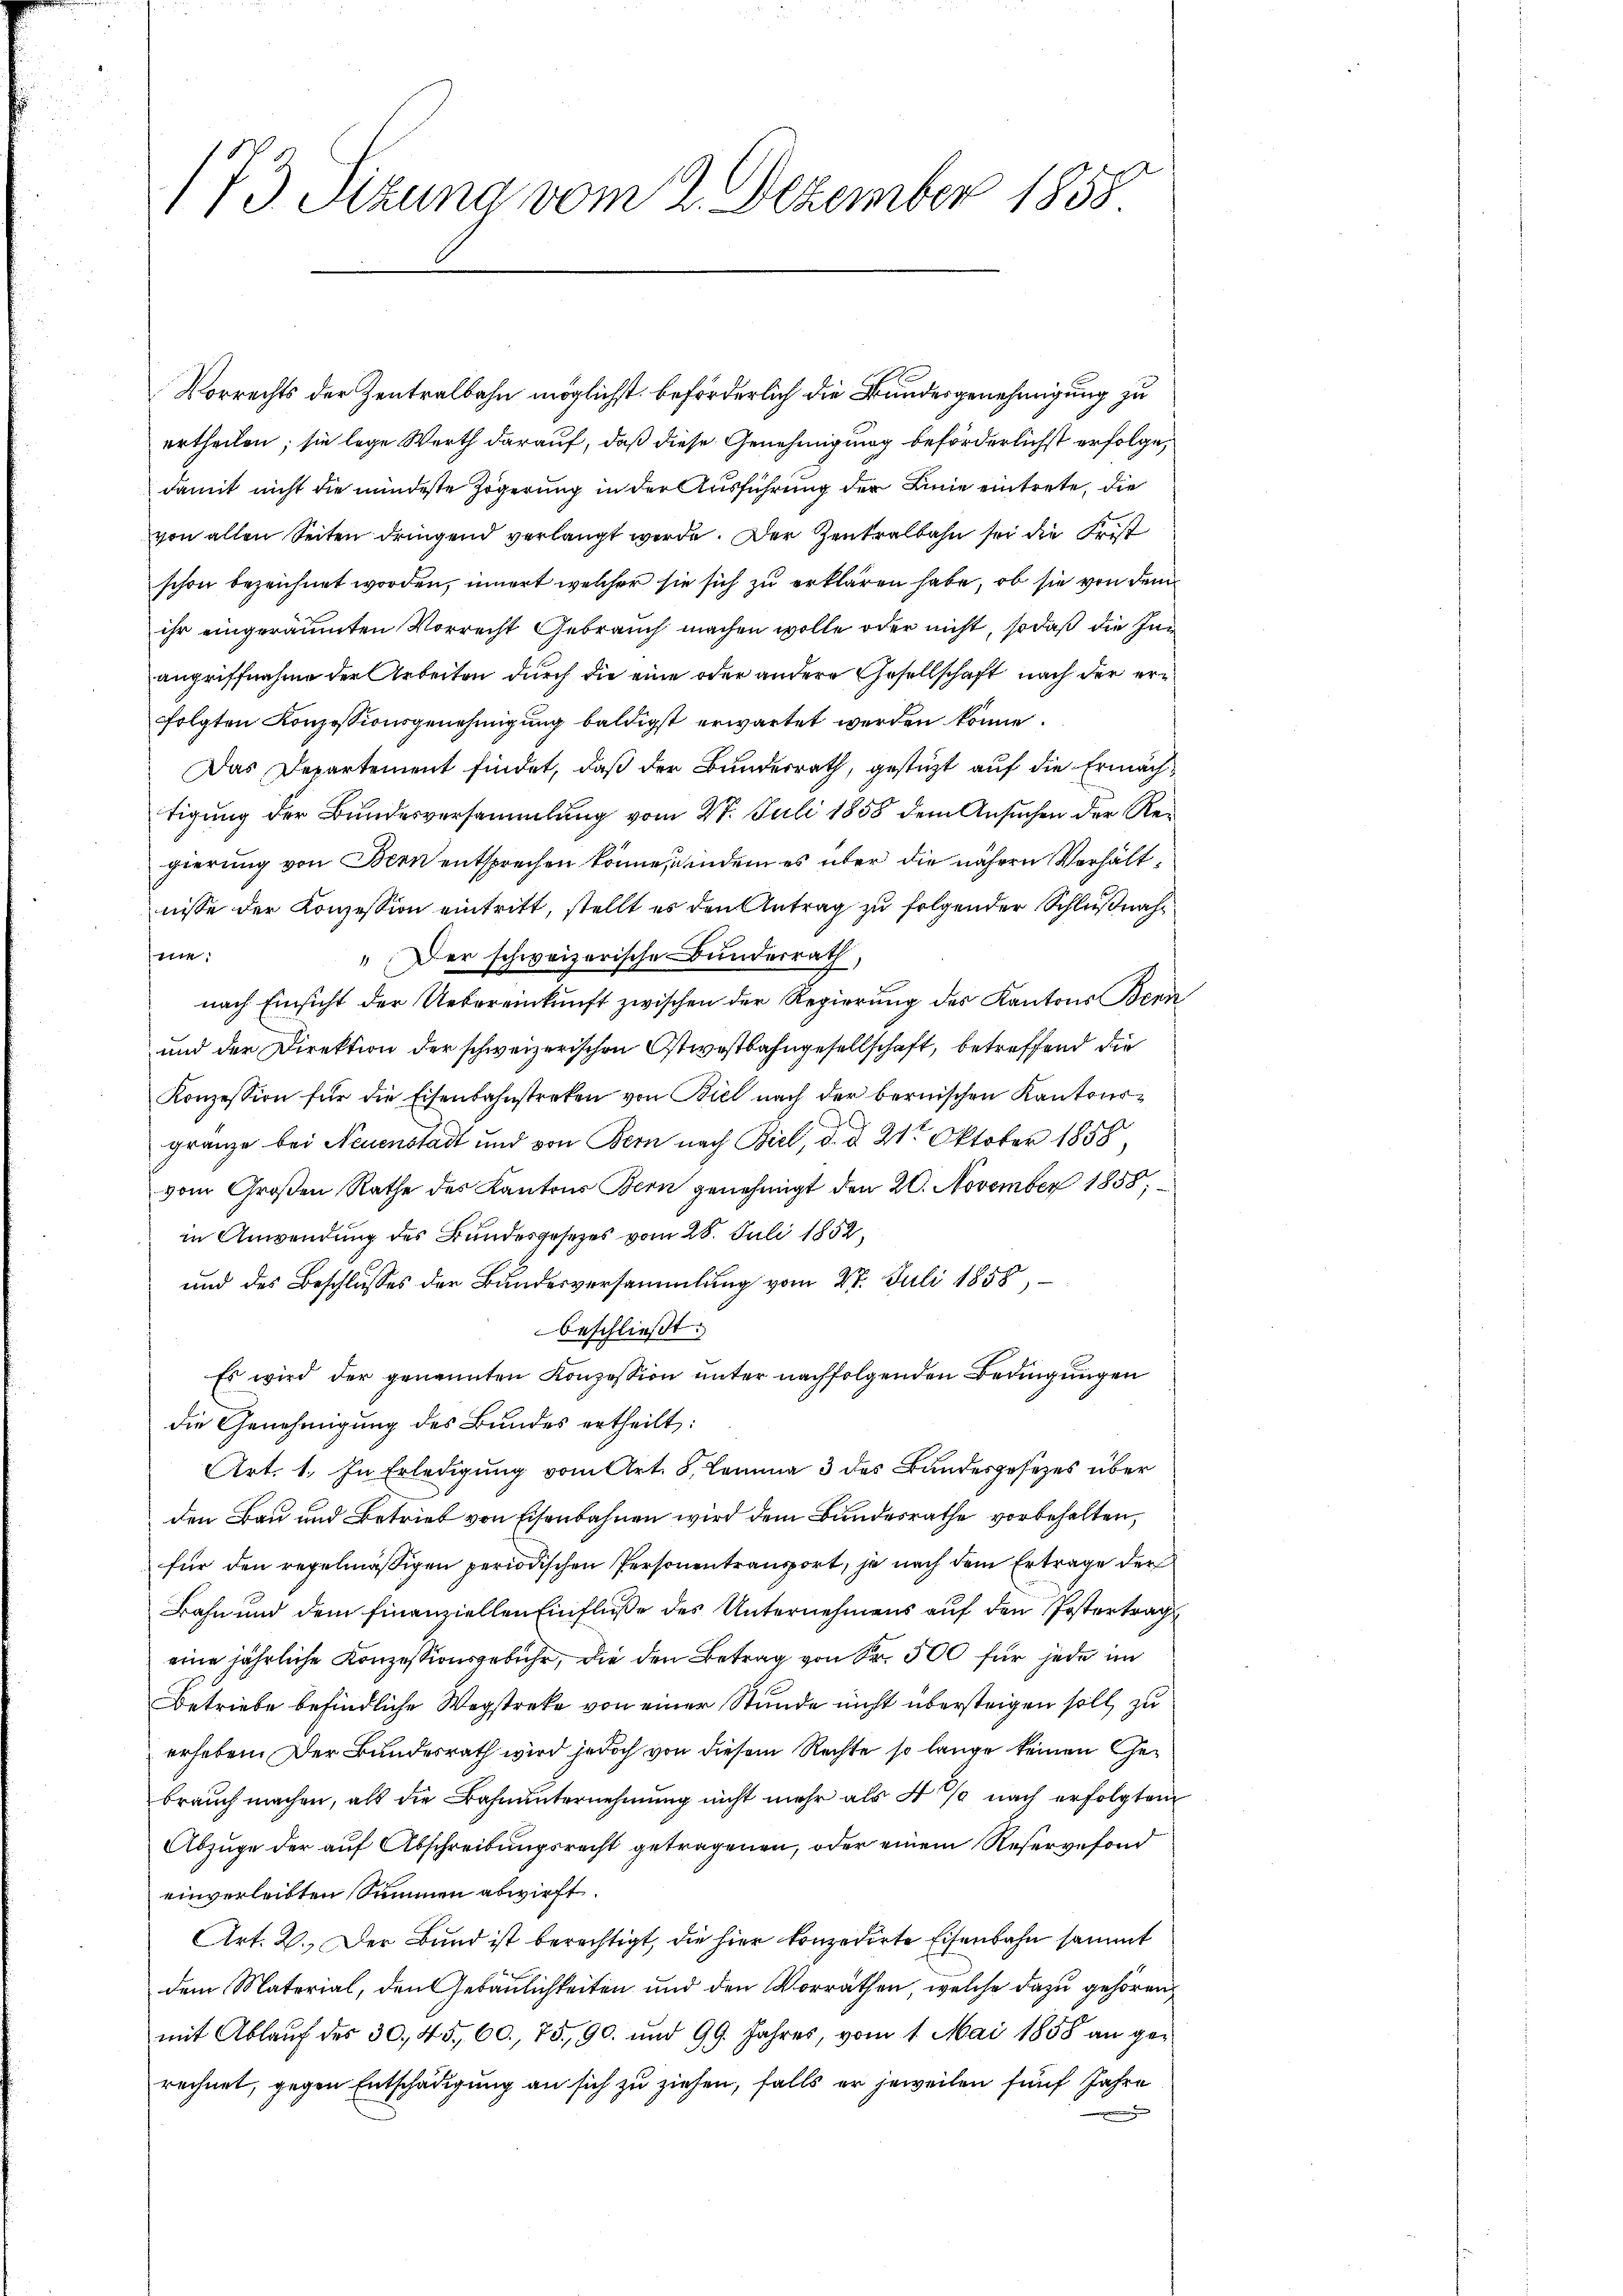
173 Sizung vom 2. Dezember 1858

Vorrechts der Zentralbahn möglichst beförderlich die Bundesgenehmigung zu
ertheilen; sie lege Werth darauf, daß diese Genehmigung beförderlichst erfolge
damit nicht die mindeste Zögerung in der Ausführung der Linie eintrete, die
von allen Seiten dringend verlangt werde. Der Zentralbahn sei die Frist
schon bezeichnet worden, innert welcher sie sich zu erklären habe, ob sie von dem
ihr eingeräumten Vorrecht Gebrauch machen wolle oder nicht, so daß die Ing
angriffnahme der Arbeiten durch die eine oder andere Gesellschaft nach der erfolgten Konzessionsgenehmigung baldigst erwartet werden könne.
Das Departement findet, daß der Bundesrath, gestützt auf die Ermächtigung der Bundesversammlung vom 27. Juli 1858 dem Ansuchen der Regierung von Bern entsprechen könne, indem es über die nähern Verhältnisse der Konzession eintritt, stellt es den Antrag zu folgender Schlußnahnie.
" Der schweizerische Bunderrath,
nach Einsicht der Uebereinkunft zwischen der Regierung des Kantons Bern
und der Direktion der schweizerischen Ostwostbahngesellschaft, betreffend die
Konzession für die Eisenbahnstreken von Biel nach der bernischen Kantonsgränze bei Neuenstadt und von Bern nach Biel, d. d. 21t Oktober 1858,
vom Großen Rathe des Kantons Bern genehmigt den 20. November 1858,
in Anwendung des Bundesgesetzes vom 28. Juli 1852,
und des Beschlusses der Bundesversammlung vom 27. Juli 1858,
beschließt:
Es wird der genannten Konzession unter nachfolgenden Bedingungen
die Genehmigung des Bundes ertheilt:
Art. 1. In Erledigung vom Art. 8, Lemma 3 des Bundesgesetzes über
den Bau und Betrieb von Eisenbahnen wird dem Bundesrathe vorbehalten,
für den regelmäßigen periodischen Personentransport, je nach dem Ertrage der
Bahn und dem Finanziellen Einfluße des Unternehmens auf den Postertrags
eine jährliche Konzessionsgebühr, die den Betrag von Fr. 500 für jede im
Betriebe befindliche Wegstreke von einer Stunde nicht übersteigen soll, zu
erheben. Der Bundesrath wird jedoch von diesem Rechte so lange keinen Gebrauch machen, als die Bahnunternehmung nicht mehr als 4 % nach erfolgten
Abzuge der auf Abschreibungsrecht getragenen, oder einem Reservefond
einverleibten Summen abwirft.
Art. 2. Der Bund ist berechtigt, die hier konzedirte Eisenbahn sammt
dem Material, den Gebäulichkeiten und den Vorräthen, welche dazu gehören,
mit Ablauf des 30, 45, 60. 75, 90. und 99. Jahres, vom 1. Mai 1858 an gerechnet, gegen Entschädigung an sich zu ziehen, falls er jeweilen fünf Jahre